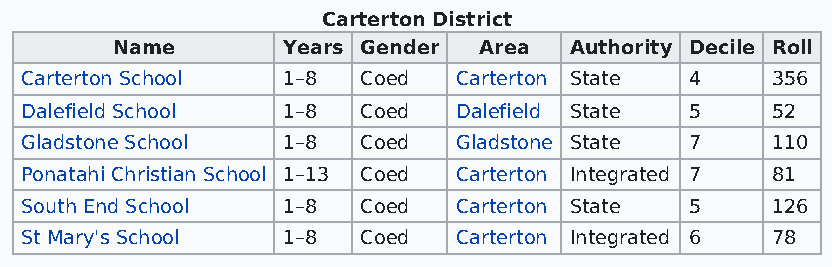
Carterton District
 Name        Years Gender Area  Authority Decile Roll
 Carterton School  1–8  Coed  Carterton State 4    356
 Dalefield School  1–8  Coed  Dalefield State 5    52
 Gladstone School  1–8  Coed  Gladstone State 7    110
 Ponatahi Christian School 1–13 Coed Carterton Integrated 7 81
 South End School  1–8  Coed  Carterton State 5    126
 St Mary's School  1–8  Coed  Carterton Integrated 6 78